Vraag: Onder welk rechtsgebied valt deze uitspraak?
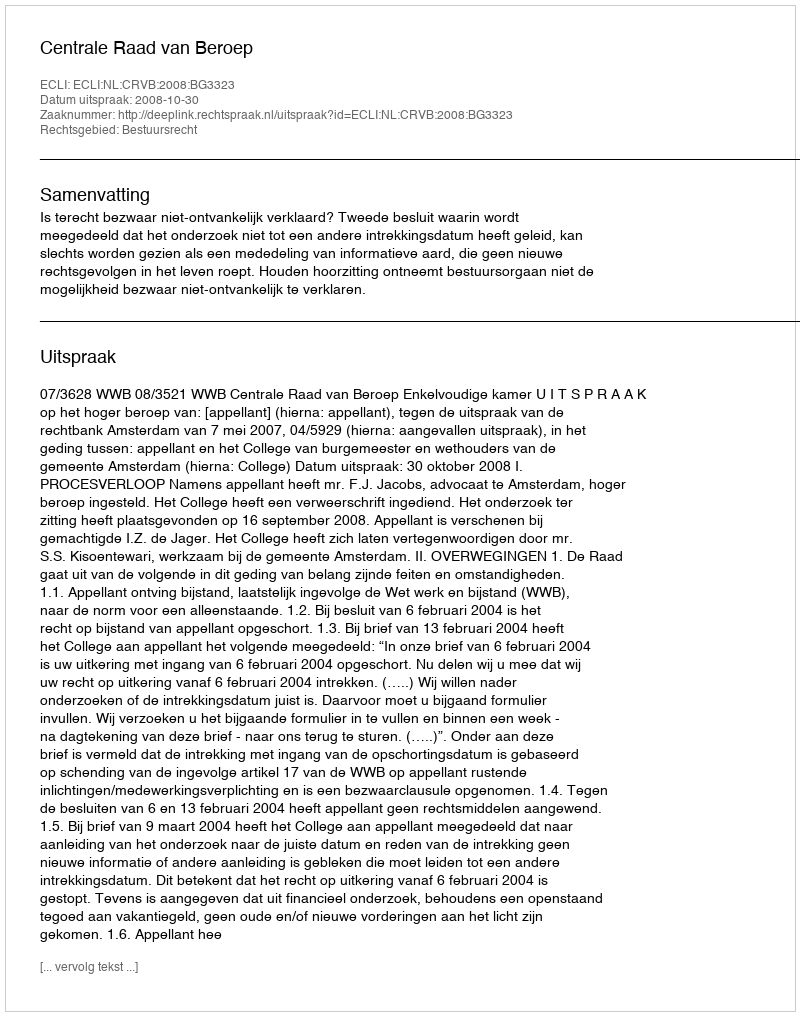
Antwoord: Bestuursrecht